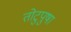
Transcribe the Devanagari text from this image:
तोटुपुषा